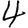
Digit: 4